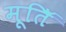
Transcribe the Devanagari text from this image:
मूतिॅ